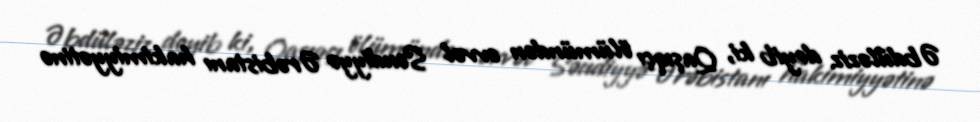
Əbdüləziz deyib ki, Qaşıqçı ölümündən əvvəl Səudiyyə Ərəbistanı hakimiyyətinə